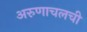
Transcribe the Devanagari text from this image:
अरुणाचलची